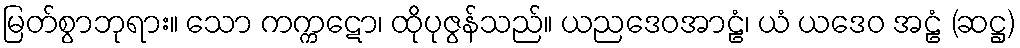
မြတ်စွာဘုရား။ သော ကက္ကဋော၊ ထိုပုဇွန်သည်။ ယညဒေဝအာဠံ၊ ယံ ယဒေဝ အဠံ (ဆဋ္ဌ)